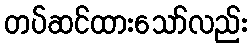
တပ်ဆင်ထားသော်လည်း